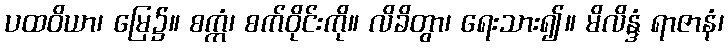
ပထဝိယာ၊ မြေ၌။ စက္ကံ၊ စက်ဝိုင်းကို။ လိခိတွာ၊ ရေးသား၍။ မိလိန္ဒံ ရာဇာနံ၊